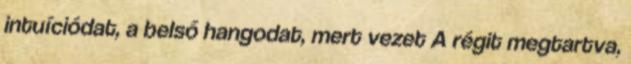
intuíciódat, a belső hangodat, mert vezet A régit megtartva,